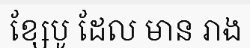
ខ្សែបូ ដែល មាន រាង